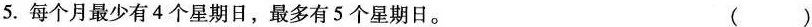
5.每个月最少有4个星期日，最多有5个星期日。 ( )